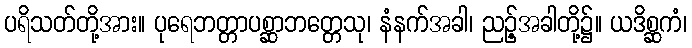
ပရိသတ်တို့အား။ ပုရေဘတ္တာပစ္ဆာဘတ္တေသု၊ နံနက်အခါ၊ ညဉ့်အခါတို့၌။ ယဒိစ္ဆကံ၊